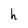
Character: h